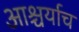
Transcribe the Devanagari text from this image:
आश्चर्याच